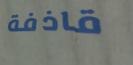
قاذفة